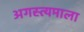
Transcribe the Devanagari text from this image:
अगस्त्यमाला